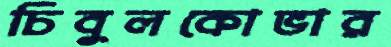
চিবুলকোভার